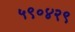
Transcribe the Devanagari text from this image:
५९०४२९